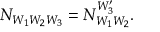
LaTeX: N _ { W _ { 1 } W _ { 2 } W _ { 3 } } = N _ { W _ { 1 } W _ { 2 } } ^ { W _ { 3 } ^ { \prime } } .